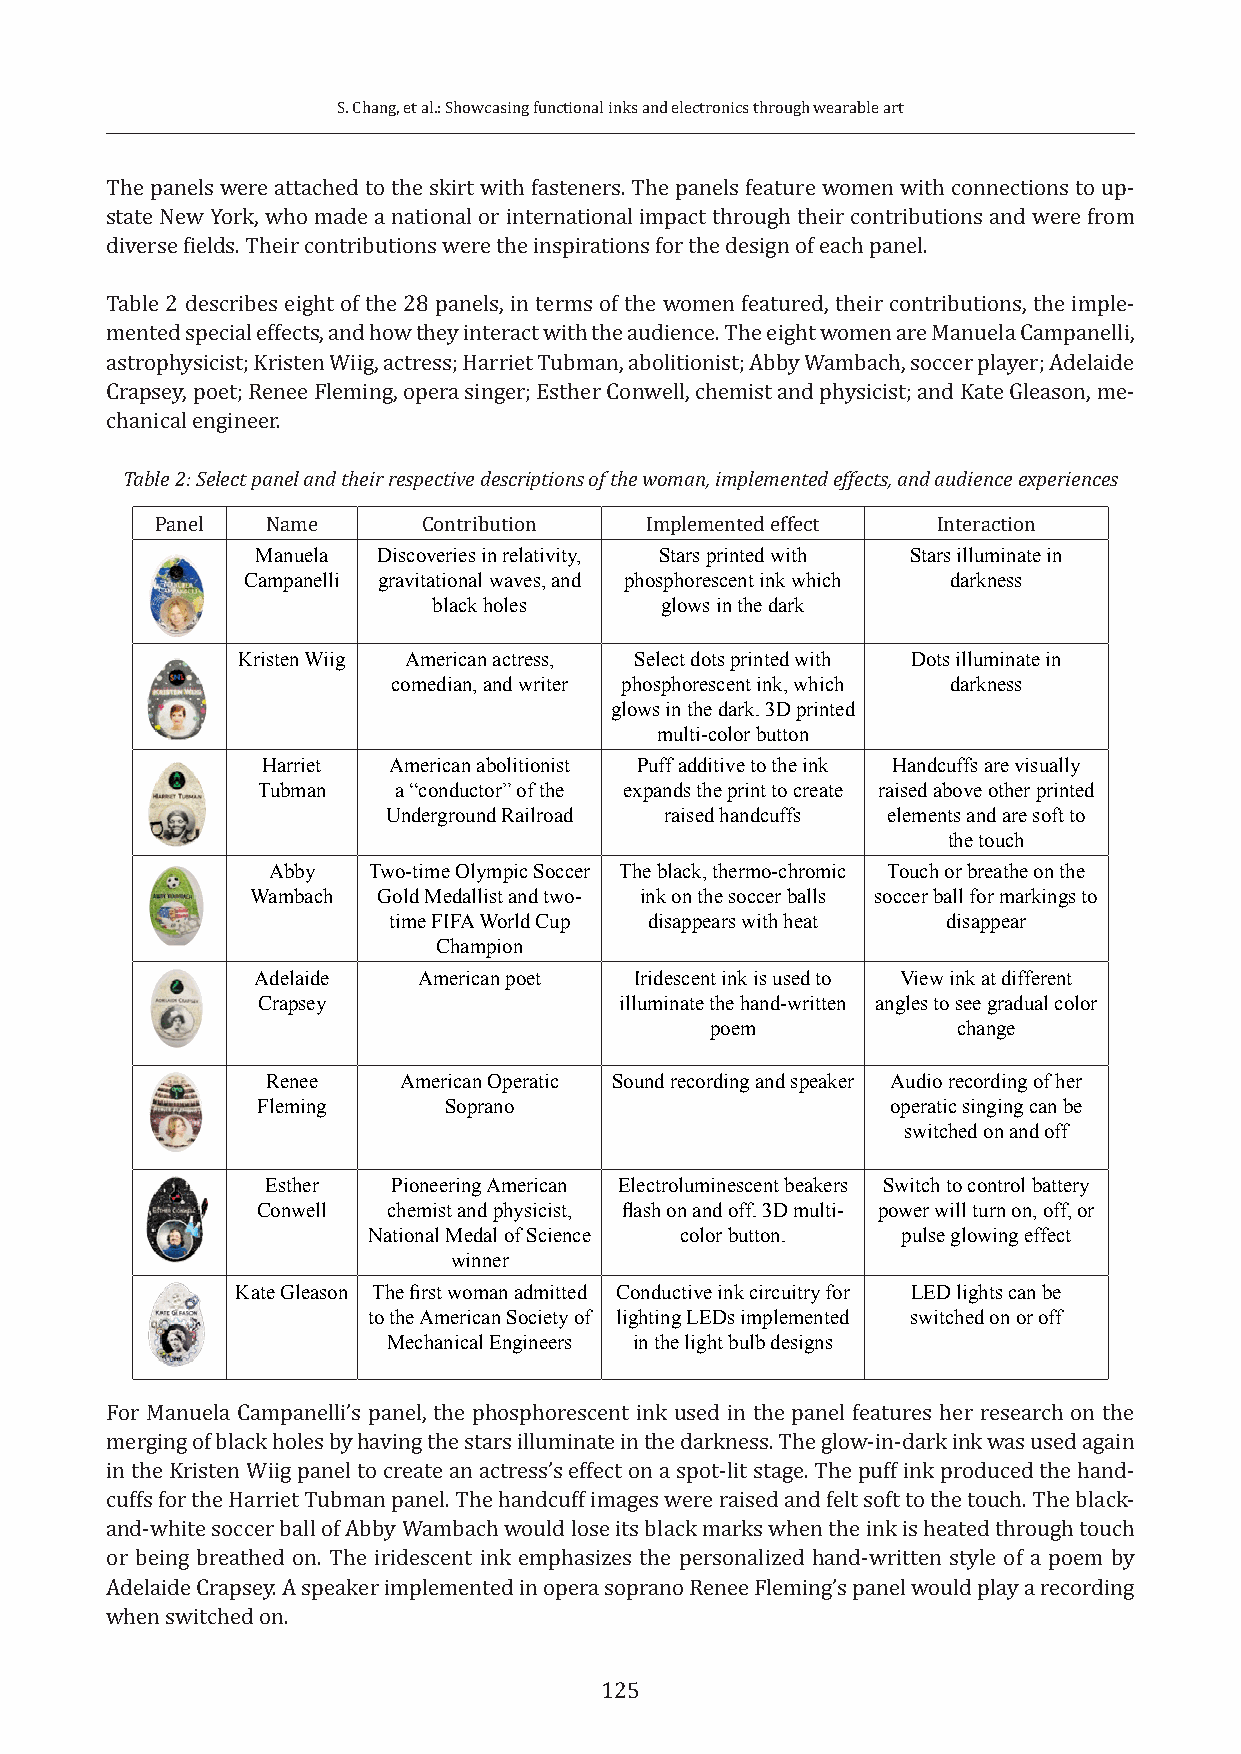
S. Chang, et al.: Showcasing functional inks and electronics through wearable art
 The panels were attached to the skirt with fasteners. The panels feature women with connections to up-
 state New York, who made a national or international impact through their contributions and were from
 diverse fields. Their contributions were the inspirations for the design of each panel.
 Table 2 describes eight of the 28 panels, in terms of the women featured, their contributions, the imple-
 mented special effects, and how they interact with the audience. The eight women are Manuela Campanelli,
 astrophysicist; Kristen Wiig, actress; Harriet Tubman, abolitionist; Abby Wambach, soccer player; Adelaide
 Crapsey, poet; Renee Fleming, opera singer; Esther Conwell, chemist and physicist; and Kate Gleason, me-
 chanical engineer.
 Table 2: Select panel and their respective descriptions of the woman, implemented effects, and audience experiences
 Panel   Name      Contribution   Implemented effect Interaction
 Manuela Discoveries in relativity, Stars printed with Stars illuminate in
 Campanelli gravitational waves, and phosphorescent ink which darkness
 black holes    glows in the dark
 Kristen Wiig American actress, Select dots printed with Dots illuminate in
 comedian, and writer phosphorescent ink, which darkness
 glows in the dark. 3D printed
 multi-color button
 Harriet  American abolitionist Puff additive to the ink Handcuffs are visually
 Tubman   a “conductor” of the expands the print to create raised above other printed
 Underground Railroad raised handcuffs elements and are soft to
 the touch
 Abby  Two-time Olympic Soccer The black, thermo-chromic Touch or breathe on the
 Wambach Gold Medallist and two- ink on the soccer balls soccer ball for markings to
 time FIFA World Cup disappears with heat disappear
 Champion
 Adelaide   American poet Iridescent ink is used to View ink at different
 Crapsey                 illuminate the hand-written angles to see gradual color
 poem            change
 Renee   American Operatic Sound recording and speaker Audio recording of her
 Fleming     Soprano                       operatic singing can be
 switched on and off
 Esther  Pioneering American Electroluminescent beakers Switch to control battery
 Conwell  chemist and physicist, flash on and off. 3D multi- power will turn on, off, or
 National Medal of Science color button. pulse glowing effect
 winner
 Kate Gleason The first woman admitted Conductive ink circuitry for LED lights can be
 to the American Society of lighting LEDs implemented switched on or off
 Mechanical Engineers in the light bulb designs
 For Manuela Campanelli’s panel, the phosphorescent ink used in the panel features her research on the
 merging of black holes by having the stars illuminate in the darkness. The glow-in-dark ink was used again
 in the Kristen Wiig panel to create an actress’s effect on a spot-lit stage. The puff ink produced the hand-
 cuffs for the Harriet Tubman panel. The handcuff images were raised and felt soft to the touch. The black-
 and-white soccer ball of Abby Wambach would lose its black marks when the ink is heated through touch
 or being breathed on. The iridescent ink emphasizes the personalized hand-written style of a poem by
 Adelaide Crapsey. A speaker implemented in opera soprano Renee Fleming’s panel would play a recording
 when switched on.
 125